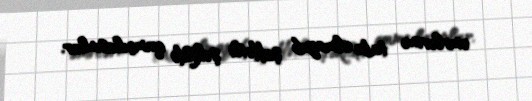
əmrlərinə tabe olmayıb şiddətli şəkildə qamçılasınlar.